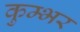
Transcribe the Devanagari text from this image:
कुम्भर